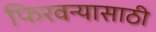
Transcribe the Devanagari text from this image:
फिरवन्यासाठी